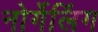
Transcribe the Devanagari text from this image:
नोर्गेलिंग